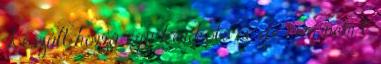
Készült hozzá egy karkötő is, de még nem t.